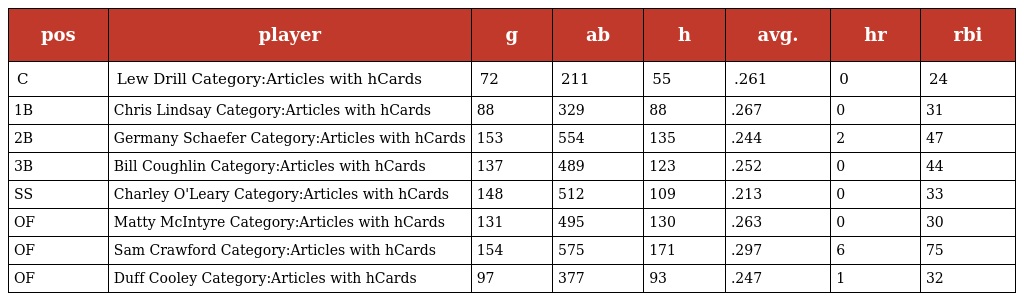
| pos | player | g | ab | h | avg. | hr | rbi |
 | --- | --- | --- | --- | --- | --- | --- | --- |
 | C | Lew Drill Category:Articles with hCards | 72 | 211 | 55 | .261 | 0 | 24 |
 | 1B | Chris Lindsay Category:Articles with hCards | 88 | 329 | 88 | .267 | 0 | 31 |
 | 2B | Germany Schaefer Category:Articles with hCards | 153 | 554 | 135 | .244 | 2 | 47 |
 | 3B | Bill Coughlin Category:Articles with hCards | 137 | 489 | 123 | .252 | 0 | 44 |
 | SS | Charley O'Leary Category:Articles with hCards | 148 | 512 | 109 | .213 | 0 | 33 |
 | OF | Matty McIntyre Category:Articles with hCards | 131 | 495 | 130 | .263 | 0 | 30 |
 | OF | Sam Crawford Category:Articles with hCards | 154 | 575 | 171 | .297 | 6 | 75 |
 | OF | Duff Cooley Category:Articles with hCards | 97 | 377 | 93 | .247 | 1 | 32 |